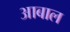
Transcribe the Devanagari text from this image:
आबाल